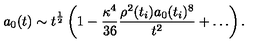
a _ { 0 } ( t ) \sim t ^ { \frac { 1 } { 2 } } \left( 1 - \frac { \kappa ^ { 4 } } { 3 6 } \frac { \rho ^ { 2 } ( t _ { i } ) a _ { 0 } ( t _ { i } ) ^ { 8 } } { t ^ { 2 } } + \ldots \right) .